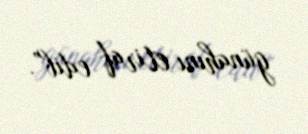
günahını etiraf edib”.